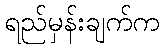
ရည်မှန်းချက်က